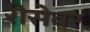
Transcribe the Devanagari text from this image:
रीसेवर